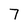
Character: 7